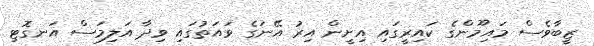
ޒީބާވެސް މައިމޫންގެ ކައިރީގައި އިށީން އިރު އޭނަގެ ވައަތުގައި ވިދާ އަލިމަސް އަނގޮޓި